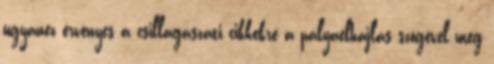
ugyanez érvényes a csillagászati cikkekre a pályaelhajlás szögével meg